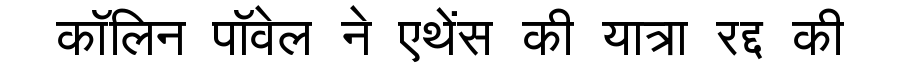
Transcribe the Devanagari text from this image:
कॉलिन पॉवेल ने एथेंस की यात्रा रद्द की